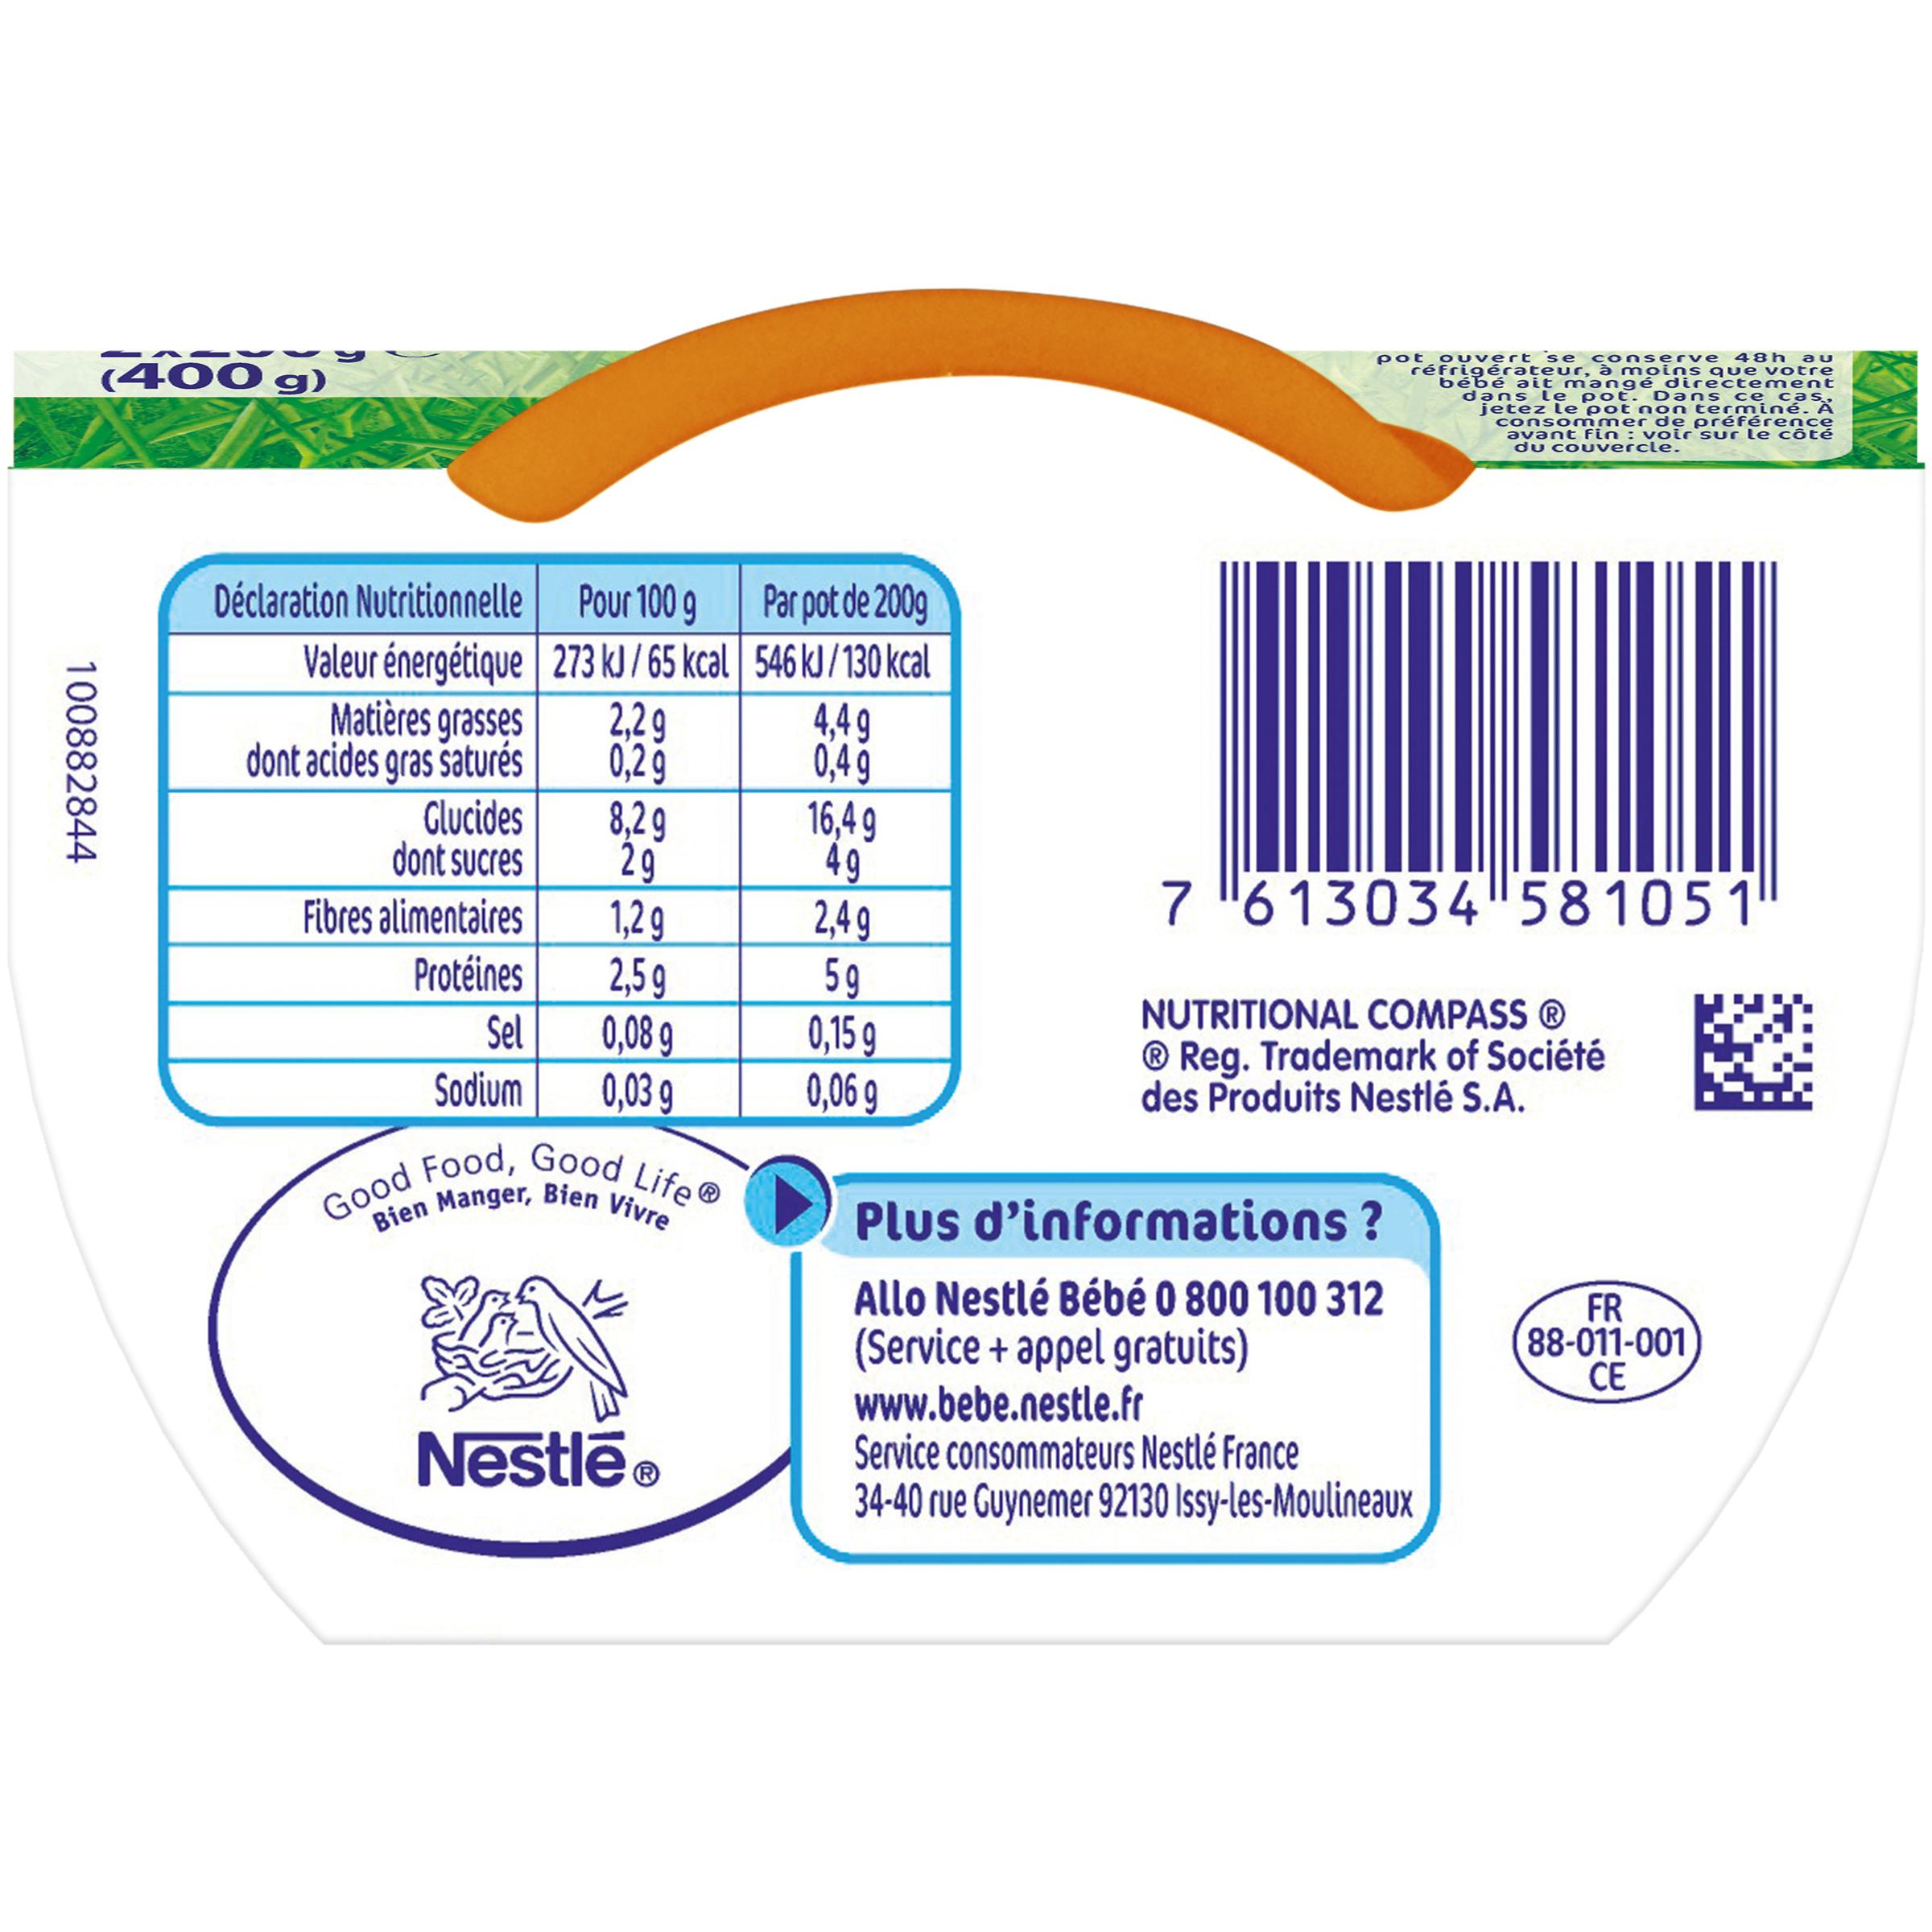
pot ou vert se cons erve 4 8h au réfrigérateur, à moin s que votre bébé ait mangé directement dans le pot. Dans ce cas, jetez le pot non terminé. consom mer de préfére nce avant fin : voir sur le côté du couvercle.
(400 g)
Déclaration Nutritionnelle Pour 100 g
Par pot de 200g
Valeur énergétique 273 kJ / 65 kcal 546 kJ/130 kcal 2,29 0,29 8,29 29 1,2 g 2,59 Sel
Matières grasses dont acides gras saturés
4,49 0,49 16,4 9 49 2,4 g 59 0,15 g 0,06 9
Glucides dont sucres
Fibres alimentaires
7 6 13034"581051
Protéines
0,08 9 0,03 9
NUTRITIONAL COMPASS ® ® Reg. Trademark of Société des Produits Nestlé S.A.
Sodium
Good Food, Good Life®
Bien Manger, Bien Vivre
Plus d'informations ?
Allo Nestlé Bébé 0 800 100 312 (Service + appel gratuits) www.bebe.nestle.fr Service consommateurs Nestlé France 34-40 rue Guynemer 92130 Issy-les-Moulineaux
FR 88-011-001 CE
Nestlēe
100882844